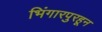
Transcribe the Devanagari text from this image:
भिंगारपुरहून